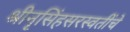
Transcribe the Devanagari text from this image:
श्रीनृसिंहसरस्वतींचे